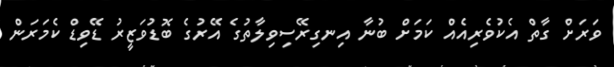
ވަރަށް ގާތް އެކުވެރިއެއް ކަމަށް ބުނާ އިނގިރޭސިވިލާތުގެ އޭރުގެ ބޮޑުވަޒީރު ޑޭވިޑް ކެމަރަން